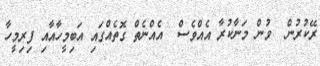
ރޭކުރުން  ވުން މަނާކުރާ އެއްވެސް  އެއްނެތް ގޮތެއްގައި އަބިމީހާއާއި ފިރިމީހާ